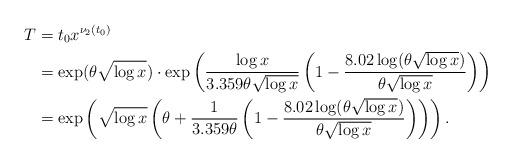
LaTeX: \begin{align*} T &= t_0 x^{\nu_2(t_0)} \\ &= \exp(\theta\sqrt{\log x}) \cdot \exp\left(\frac{\log x}{3.359\theta \sqrt{\log x}}\left(1 - \frac{8.02\log (\theta \sqrt{\log x})}{\theta \sqrt{\log x}}\right)\right)\\ &= \exp\left(\sqrt{\log x}\left(\theta + \frac{1}{3.359\theta}\left(1 - \frac{8.02\log (\theta \sqrt{\log x})}{\theta \sqrt{\log x}}\right)\right)\right).\end{align*}